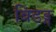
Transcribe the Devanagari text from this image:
बिडङ्ग